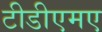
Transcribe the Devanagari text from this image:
टीडीएमए